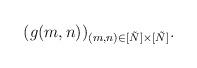
LaTeX: \begin{align*} (g(m,n))_{(m,n)\in[\tilde{N}]\times[\tilde{N}]} . \end{align*}